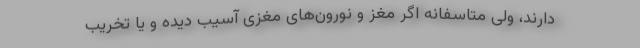
دارند، ولی متاسفانه اگر مغز و نورون‌های مغزی آسیب دیده و یا تخریب